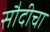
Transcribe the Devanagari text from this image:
सौदीचा